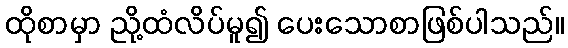
ထိုစာမှာ ညို့ထံလိပ်မူ၍ ပေးသောစာဖြစ်ပါသည်။